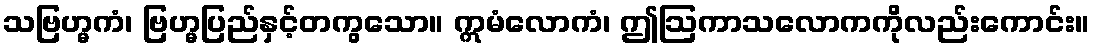
သဗြဟ္မကံ၊ ဗြဟ္မပြည်နှင့်တကွသော။ ဣမံလောကံ၊ ဤဩကာသလောကကိုလည်းကောင်း။